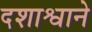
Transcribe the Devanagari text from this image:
दशाश्वाने